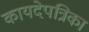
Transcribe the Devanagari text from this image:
कायदेपत्रिका